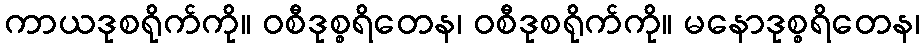
ကာယဒုစရိုက်ကို။ ဝစီဒုစ္စရိတေန၊ ဝစီဒုစရိုက်ကို။ မနောဒုစ္စရိတေန၊